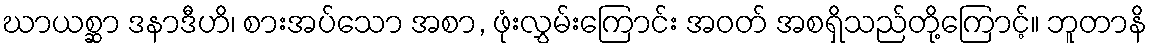
ဃာယစ္ဆာ ဒနာဒီဟိ၊ စားအပ်သော အစာ, ဖုံးလွှမ်းကြောင်း အဝတ် အစရှိသည်တို့ကြောင့်။ ဘူတာနိ